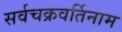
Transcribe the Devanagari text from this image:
सर्वचक्रवर्तिनाम